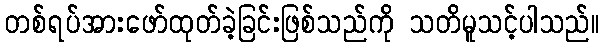
တစ်ရပ်အားဖော်ထုတ်ခဲ့ခြင်းဖြစ်သည်ကို သတိမူသင့်ပါသည်။